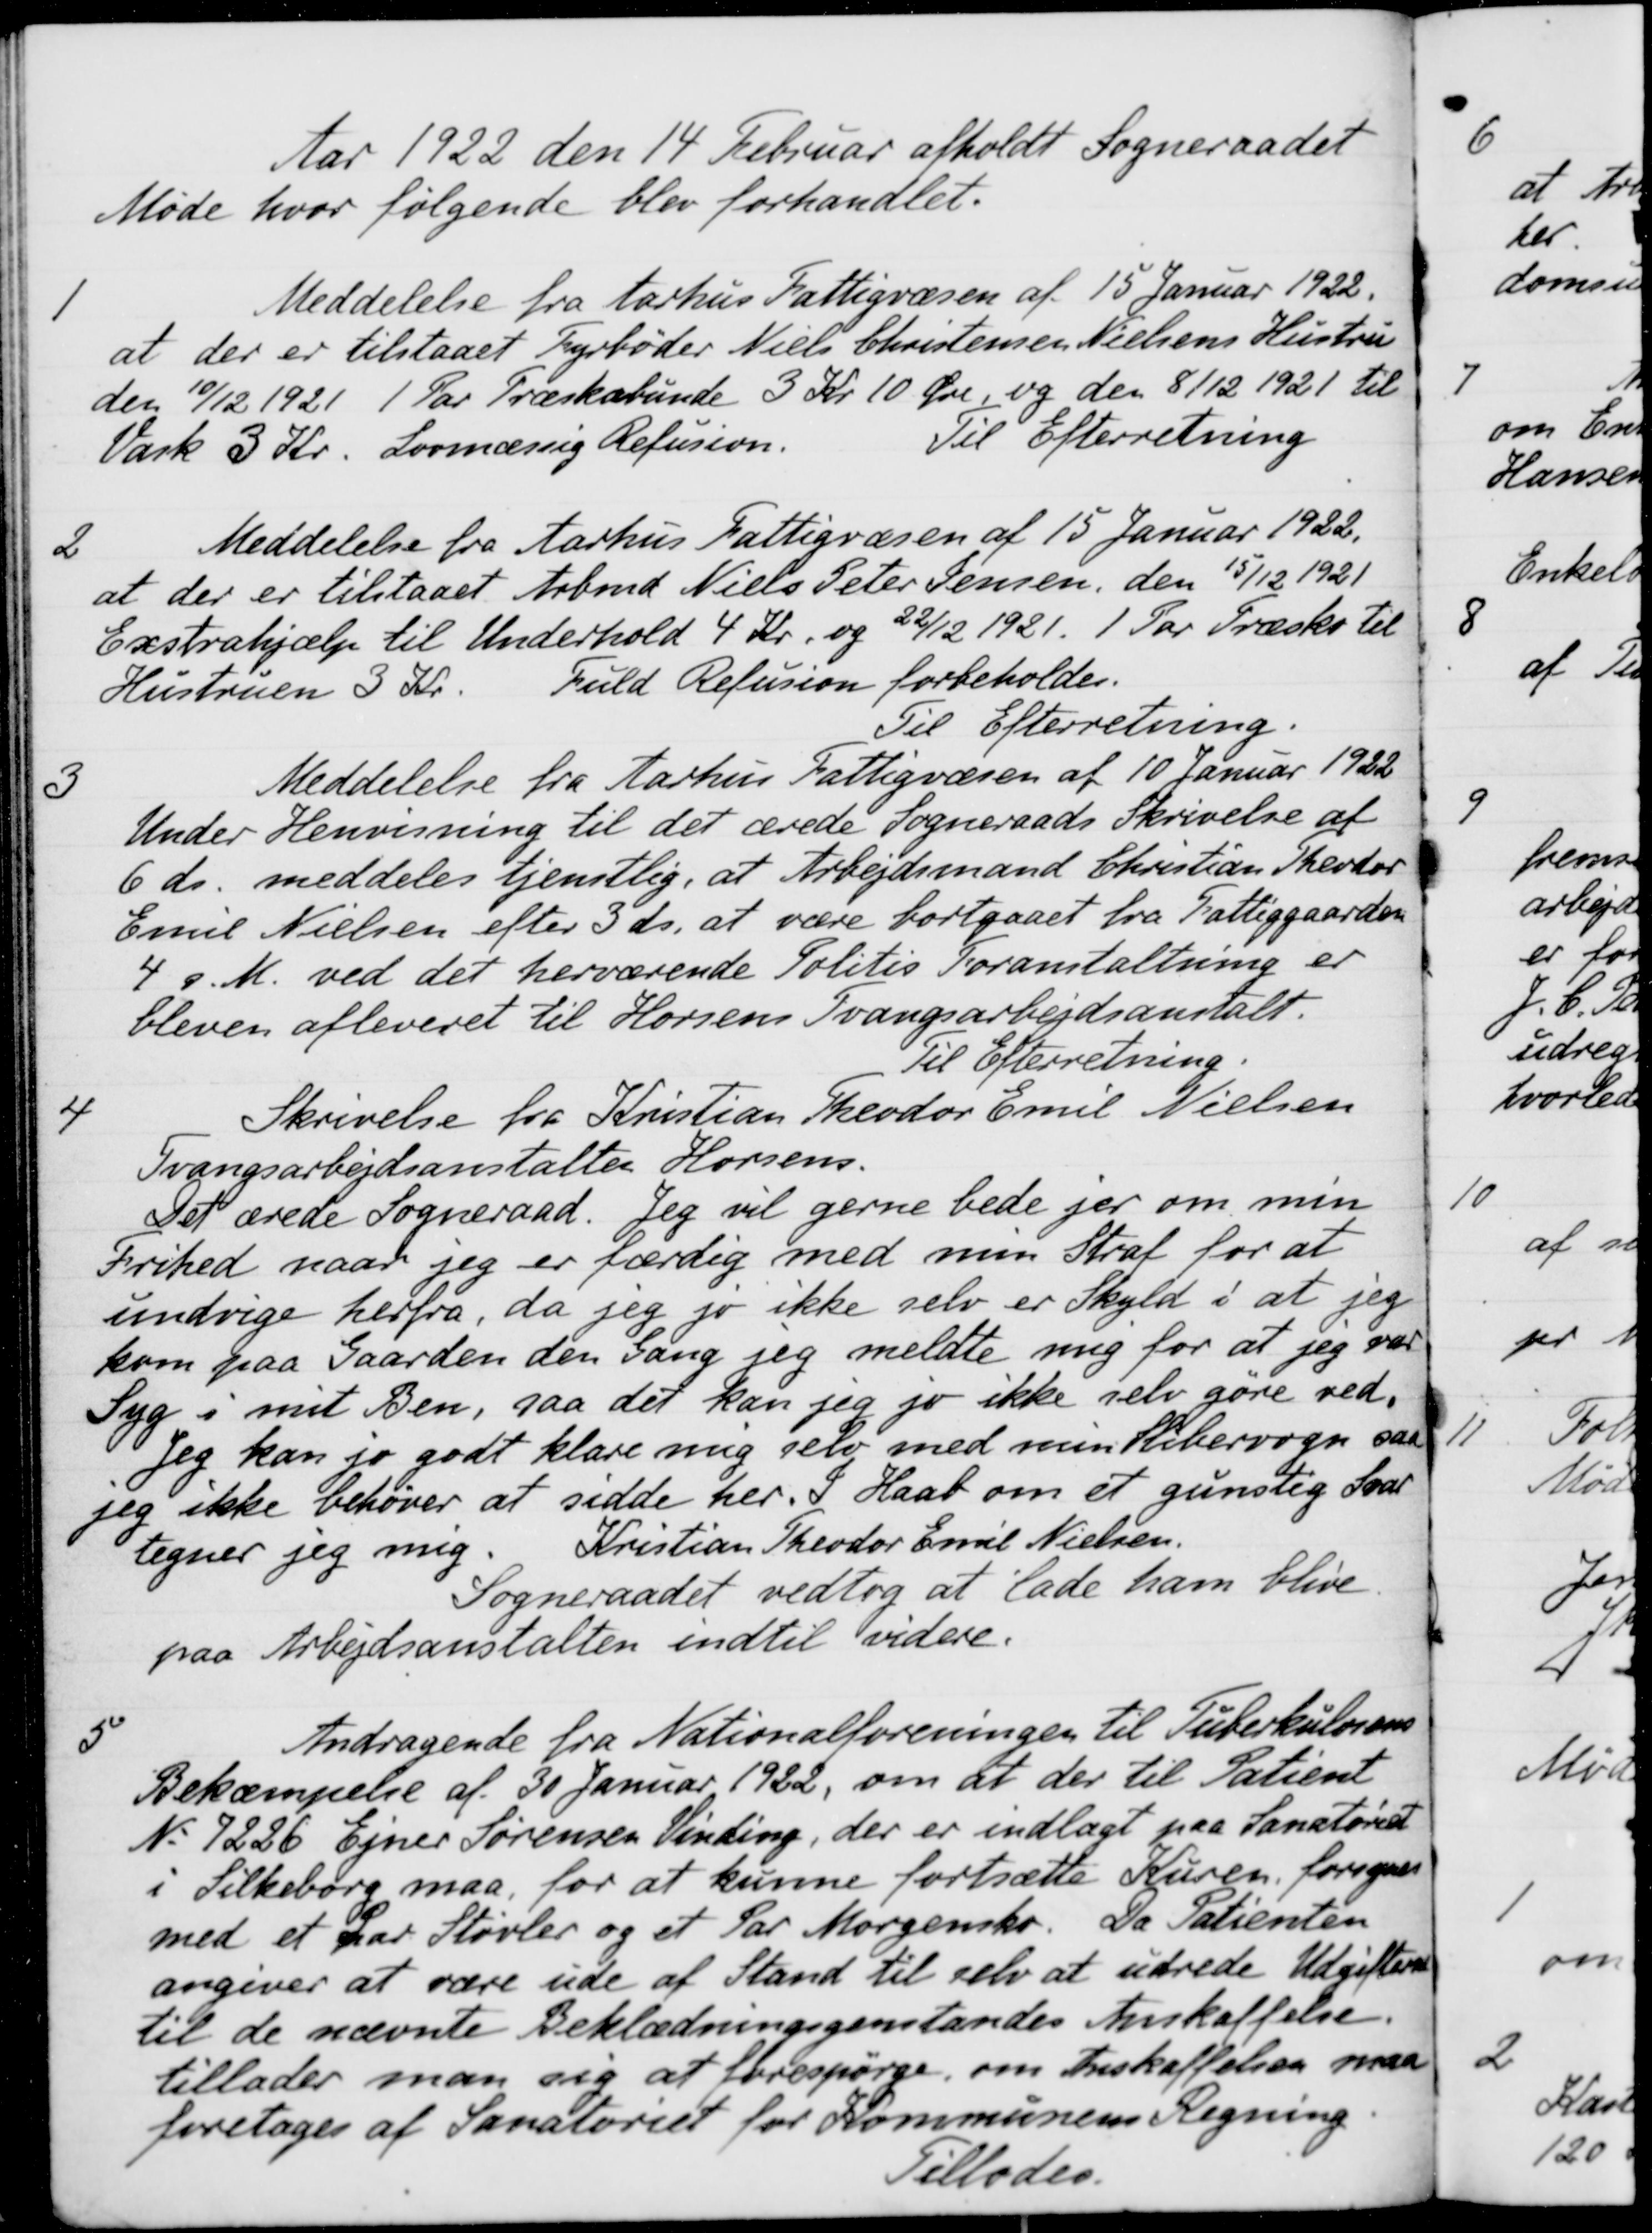
Transskription:
Aar 1922 den 14 Februar afholdt Sogneraad
Møde hvor følgende blev forhandlet.
1
Meddelelse fra Aarhus Fattigvæsen af 15 Januar 1922.
at der er tilstaaet Fyrbøder Niels Christensen Nielsens Hustru
den 10/12 1921 1 Par Træskobunde 3 Kr. 10 Øre, og den 8/12 1921 til
Vask 3 Kr. Lovmæssig Refusion.
Til Efterretning
2
Meddelelse fra Aarhus Fattigvæsen af 15 Januar 1922.
at der er tilstaaet Arbmd Niels Peter Jensen, den 15/12 1921
Exstrahjælp til Underhold 4 Kr. og 22/12 1921. 1 Par Træsko til
Hustruen 3 Kr.
Fuld Refusion forbeholdes.
Til Efterretning.
3
Meddelelse fra Aarhus Fattigvæsen af 10 Januar 1922
Under Henvisning til det ærede Sogneraads Skrivelse af
6 ds. meddeles tjenstlig, at Arbejdsmand Christian Theodor
Emil Nielsen efter 3 ds. at være bortgaaet fra Fattiggaarden
4 g. M. ved det herværende Politis Foranstaltning er
bleven afleveret til Horsens Tvangsarbejdsanstalt.
Til Efterretning.
4
Skrivelse fra Kristian Theodor Emil Nielsen
Tvangsarbejdsanstalte Horsens.
Det ærede Sogneraad. Jeg vil gerne bede jer om min
Frihed naar jeg er færdig med min Straf for at
undrige herfra, da jeg jo ikke selv er Skyld i at jeg
kom paa Gaarden den Gang jeg meldte mig for at jeg var
Syg i mit Ben, saa det kan jeg jo ikke selv gøre ved.
Jeg kan jo godt klare mig selv med min Slibervogn saa
jeg ikke behøver at sidde her. I Haab om et gunstig Svar
tegner jeg mig. Kristian Theodor Emil Nielsen.
Sogneraadet vedtog at lade ham blive
paa Arbejdsanstalten indtil videre.
5
Andragende fra Nationalforeningen til Tuberkulosens
Bekæmpelse af 30 Januar 1922, om at der til Patient
N 7226 Ejner Sørensen Vinding, der er indlagt paa Sanatoriet
i Silkeborg maa for at kunne fortsætte Kuren forsynes
med et har Støvler og et Par Morgensko. Da Patienten
angiver at være ude af Stand til selv at udrede Udgifterne
til de nævnte Beklædningsgenstandes Anskaffelse.
tillader man sig at forespørge, om Anskaffelsen maa
foretages af Sanatoriet for Kommunens Regning
Tillades.